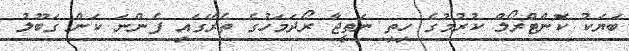
ބަޔަކު ކޮންޓްރޯލް ކުރުމުގެ ހިތި ނަތީޖާ ރޯދަމަހުގެ ތެރޭގައި ފެންނަ ކަން ގަބޫލު